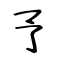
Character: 予